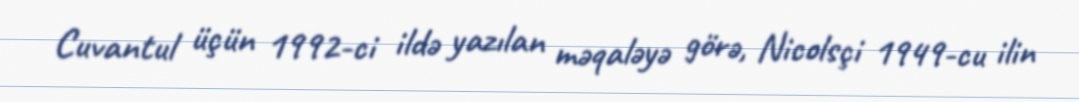
Cuvantul üçün 1992-ci ildə yazılan məqaləyə görə, Nicolsçi 1949-cu ilin